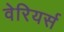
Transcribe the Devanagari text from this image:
वेरियर्स